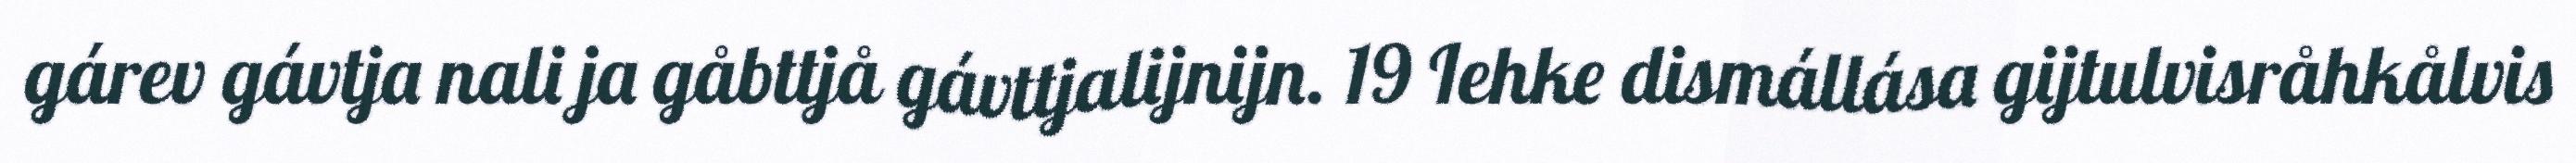
gárev gávtja nali ja gåbttjå gávttjalijnijn. 19 Iehke dismállása gijtulvisråhkålvis